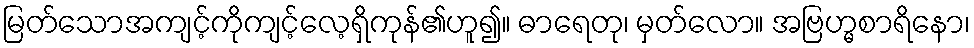
မြတ်သောအကျင့်ကိုကျင့်လေ့ရှိကုန်၏ဟူ၍။ ဓာရေတု၊ မှတ်လော။ အဗြဟ္မစာရိနော၊